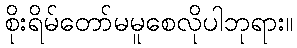
စိုးရိမ်တော်မမူစေလိုပါဘုရား။